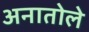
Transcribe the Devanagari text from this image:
अनातोले